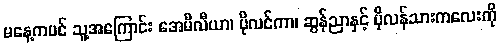
မနေ့ကပင် သူ့အကြောင်း အေမီလီယာ၊ ပိုလင်ကာ၊ ဆွန်ညာနှင့် ပိုလန်သားကလေးကို